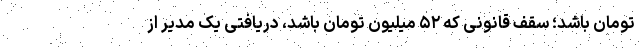
تومان باشد؛ سقف قانونی که ۵۲ میلیون تومان باشد، دریافتی یک مدیر از